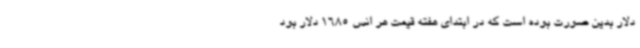
دلار بدین صورت بوده است که در ابتدای هفته قیمت هر انس 1685 دلار بود